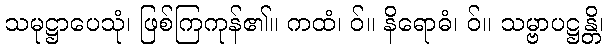
သမုဋ္ဌာပေသုံ၊ ဖြစ်ကြကုန်၏။ ကထံ၊ ဝ်။ နိရောဓံ၊ ဝ်။ သမ္ဗာပဋ္ဌန္တိ၊